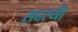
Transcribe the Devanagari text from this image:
सदस्याें